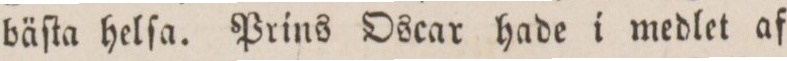
bäſta helſa. Prins Oscar hade i medlet af